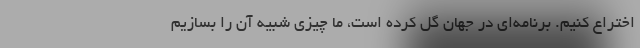
اختراع کنیم. برنامه‌ای در جهان گُل کرده است، ما چیزی شبیه آن را بسازیم